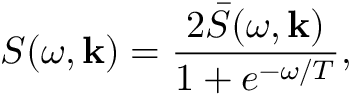
S ( \omega , { \bf k } ) = \frac { 2 \bar { S } ( \omega , { \bf k } ) } { 1 + e ^ { - \omega / T } } ,